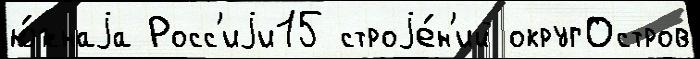
ю́жнаjа Росс'иjи15 строjе́н'ий округОстров